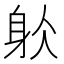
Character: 𨈦